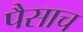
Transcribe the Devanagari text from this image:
पैसाच